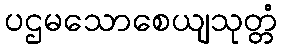
ပဌမသောစေယျသုတ္တံ